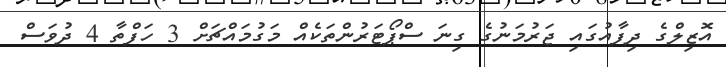
އޮޒިލްގެ ދިފާއުގައި ޖަރުމަނުގެ ގިނަ ސްޕޯޓަރުންތަކެއް މަގުމައްޗަށް 3 ހަފްތާ 4 ދުވަސް